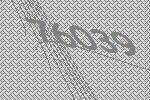
76039